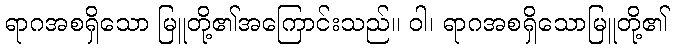
ရာဂအစရှိသော မြူတို့၏အကြောင်းသည်။ ဝါ၊ ရာဂအစရှိသောမြူတို့၏